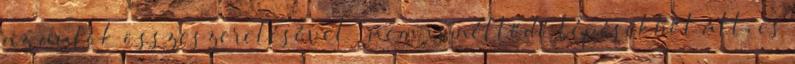
az autók összeszerelésével – nem ismétlődő lépésekből áll, és